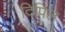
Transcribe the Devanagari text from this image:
दिपिल